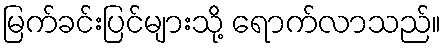
မြက်ခင်းပြင်များသို့ ရောက်လာသည်။